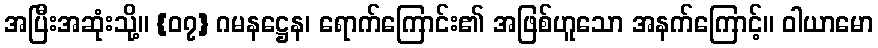
အပြီးအဆုံးသို့။ {၀၇} ဂမနဋ္ဌေန၊ ရောက်ကြောင်း၏ အဖြစ်ဟူသော အနက်ကြောင့်။ ဝါယာမော